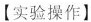
【实验操作】